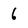
Character: 6